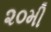
૨૦મી